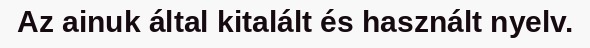
Az ainuk által kitalált és használt nyelv.